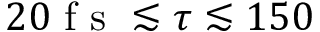
2 0 \mathrm { ~ f ~ s ~ } \lesssim \tau \lesssim 1 5 0